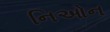
નિઓન